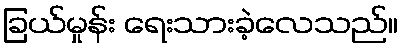
ခြယ်မှုန်း ရေးသားခဲ့လေသည်။